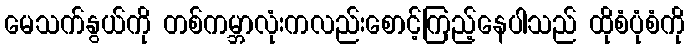
မေသက်နွယ်ကို တစ်ကမ္ဘာလုံးကလည်းစောင့်ကြည့်နေပါသည် ထိုစံပုံစံကို